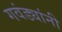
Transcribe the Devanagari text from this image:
गवंड्यांनी